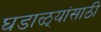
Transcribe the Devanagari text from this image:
घडाळ्यांसाठी